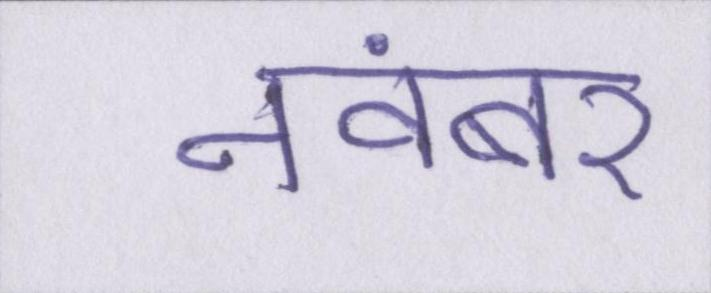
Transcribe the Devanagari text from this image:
नवंबर